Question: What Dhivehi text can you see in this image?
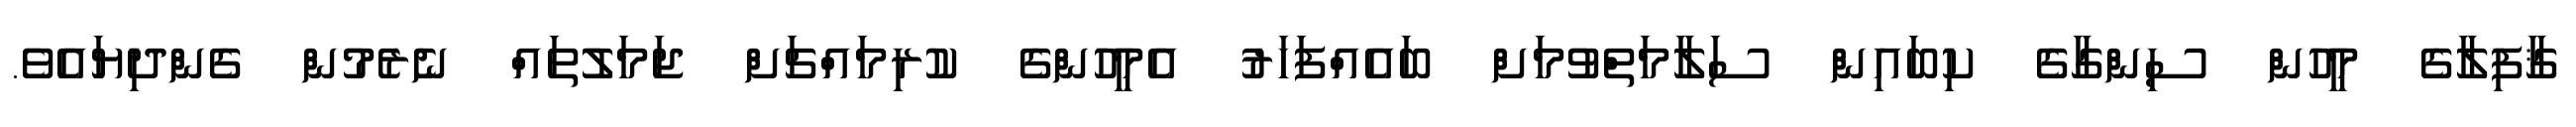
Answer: ޤާފިލާގެ މީހުން ސިންގާގެ ކިބައިން ސަލާމަތްވުމަށް ބައެއްފަހަރު އެމީހުންގެ ކުރިމައްޗަށް ޖަމަލުތައް ނެރެމުން ގެންދިޔައެވެ.